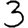
Digit: 3